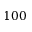
1 0 0